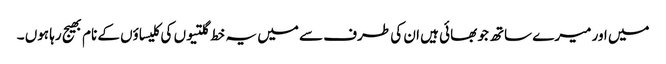
میں اور میرے ساتھ جو بھائی ہیں ان کی طرف سے میں یہ خط گلتیوں کی کلیساؤں کے نام بھیج رہا ہوں ۔